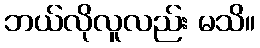
ဘယ်လိုလူလည်း မသိ။